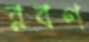
রবণ